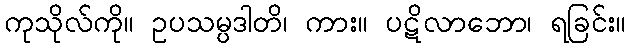
ကုသိုလ်ကို။ ဥပသမ္ပဒါတိ၊ ကား။ ပဋိလာဘော၊ ရခြင်း။